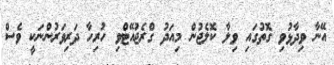
އޭނާ ވިދާޅުވި ގޮތުގައި ވިލާ ކޮލެޖުން މިއަދު ގްރެޖުއޭޓްވި ހުރިހާ ދަރިވަރުންނަކީ ވެސް